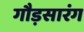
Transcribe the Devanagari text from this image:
गौड़सारंग